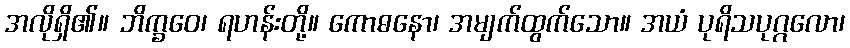
အလိုရှိ၏။ ဘိက္ခဝေ၊ ရဟန်းတို့။ ကောဓနော၊ အမျက်ထွက်သော။ အယံ ပုရိသပုဂ္ဂလော၊